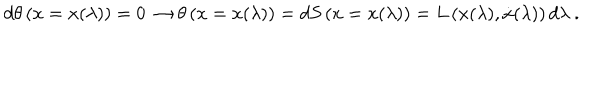
LaTeX: d \theta \left( x = x ( \lambda ) \right) = 0 \, \rightarrow \theta \left( x = x ( \lambda ) \right) = d S \left( x = x ( \lambda ) \right) = L \left( x ( \lambda ) , \dot { x } ( \lambda ) \right) d \lambda \ .